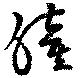
瞳